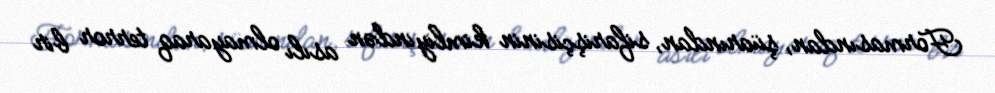
Formasından, şüarından, sifarişçisinin kimliyindən asılı olmayaraq terror bir